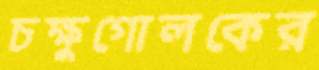
চক্ষুগোলকের